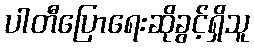
ပါတီပြောရေးဆိုခွင့်ရှိသူ